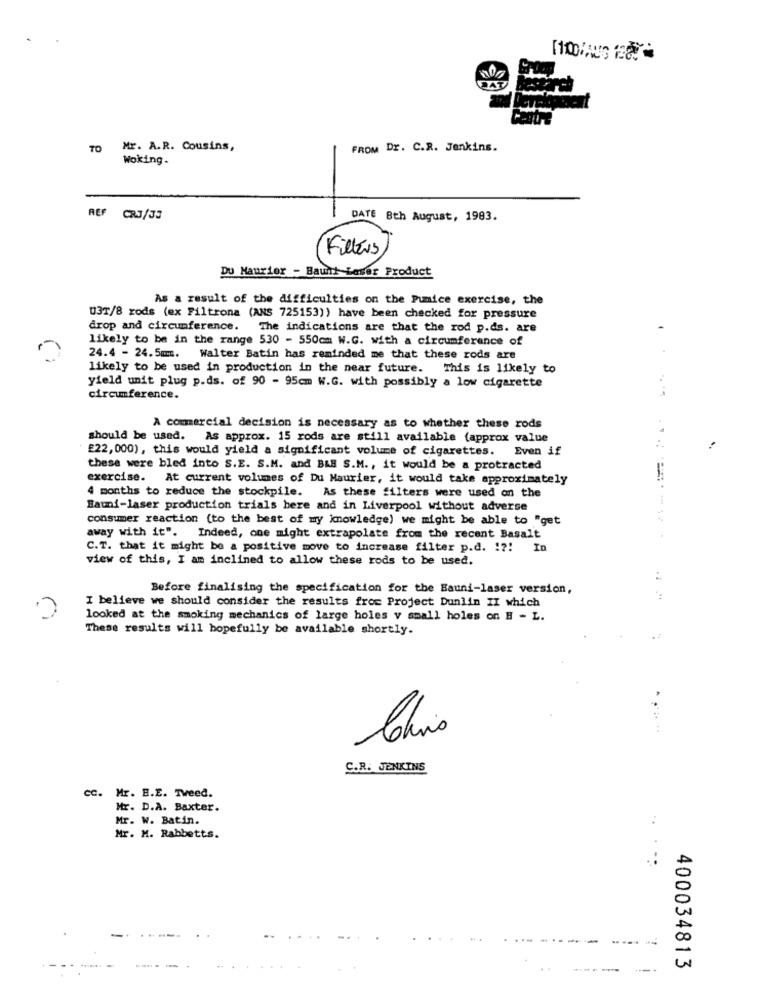
TO Mr. A.R. Cousins,
FROM Dr. C.R. Jenkins.
Woking.
REF CR3/33
DATE Bth August, 1983.
Fillers
Du Maurier - Baunt Laser Product
As a result of the difficulties on the Pumice exercise, the
U3T/8 rods (ex Filtrona (ANS 725153)) have been checked for pressure
drop and circumference. The indications are that the rod p.ds. are
.
likely to be in the range 530 - 550cm W.G. with a circumference of
24.4 - 24.5mm. Walter Batin has reminded me that these rods are
likely to be used in production in the near future. This is likely to
yield unit plug p.ds. of 90 - 95cm W.G. with possibly a low cigarette
circumference.
A commercial decision is necessary as to whether these rods
should be used. As approx. 15 rods are still available (approx value
£22, 000), this would yield a significant volume of cigarettes.
Even if
these were bled into S.E. S.M. and B&B S.M ., it would be a protracted
exercise. At current volumes of Du Maurier, it would take approximately
4 months to reduce the stockpile. As these filters were used on the
Bauni-laser production trials here and in Liverpool without adverse
consumer reaction (to the best of my knowledge) we might be able to "get
away with it". Indeed, one might extrapolate from the recent Basalt
......
C.T. that it might be a positive move to increase filter p.d. !?! In
view of this, I am inclined to allow these rods to be used.
Before finalising the specification for the Bauni-laser version,
I believe we should consider the results froc Project Dunlin II which
looked at the smoking mechanics of large holes v small holes on H - L.
These results will hopefully be available shortly.
Chris
S.R. JENKINS
cc. Mr. E.E. Tweed.
Mr. D.A. Baxter.
Mr. W. Batin.
Mr. M. Rabbetts.
400034813